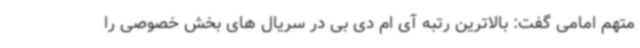
متهم امامی گفت: بالاترین رتبه آی ام دی بی در سریال های بخش خصوصی را